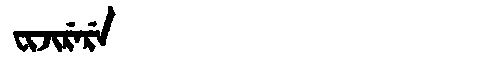
Manchu: ᠸᡳᠵᡳᡵᡝᡵᡝ
Romanization: FIJIRERE